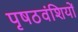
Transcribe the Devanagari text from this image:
पृषठवंशियों